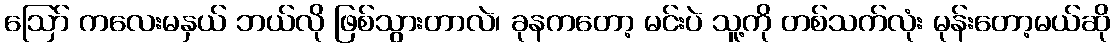
ဩော် ကလေးမနှယ် ဘယ်လို ဖြစ်သွားတာလဲ၊ ခုနကတော့ မင်းပဲ သူ့ကို တစ်သက်လုံး မုန်းတော့မယ်ဆို